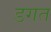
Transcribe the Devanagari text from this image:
डगत